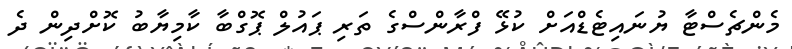
މެންޗެސްޓާ ޔުނައިޓެޑްއަށް ކުޅޭ ފްރާންސްގެ ތަރި ޕައުލް ޕޮގްބާ ކާމިޔާބު ކޮށްދިން ދެ